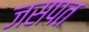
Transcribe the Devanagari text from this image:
जसपत